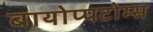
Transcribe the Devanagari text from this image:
बायोप्पटोम्स